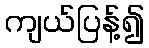
ကျယ်ပြန့်၍